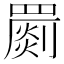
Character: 罽